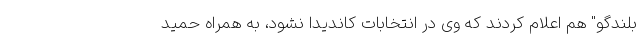
بلندگو" هم اعلام کردند که وی در انتخابات کاندیدا نشود، به همراه حمید